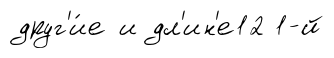
друг'и́е и дл'ин'е12 1-й